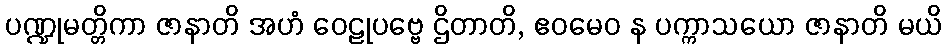
ပဏ္ဍုမတ္တိကာ ဇာနာတိ အဟံ ဝေဠုပဗ္ဗေ ဌိတာတိ, ဧဝမေဝ န ပက္ကာသယော ဇာနာတိ မယိ